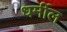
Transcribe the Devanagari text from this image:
धर्मील